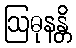
ဩဓုနန္တိ